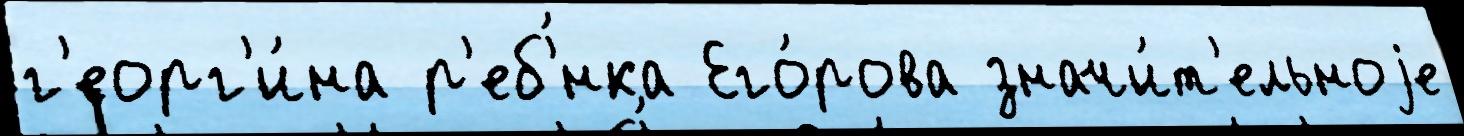
г'еорг'и́на р'еб'́нка Его́рова значи́т'ельноjе